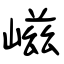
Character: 嵫